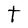
Character: t